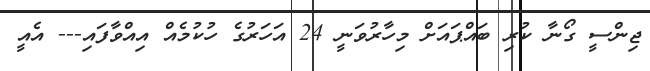
ޖިންސީ ގޯނާ ކުރި ބައްޕައަށް މިހާރުވަނީ 24 އަހަރުގެ ހުކުމެއް އިއްވާފައި--- އެއީ